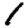
Digit: 1